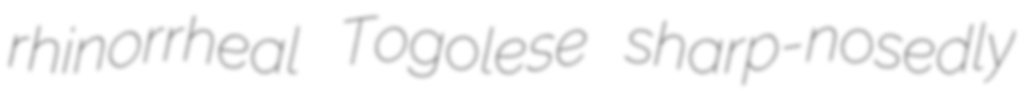
rhinorrheal Togolese sharp-nosedly